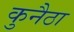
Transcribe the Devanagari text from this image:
कुनैठा